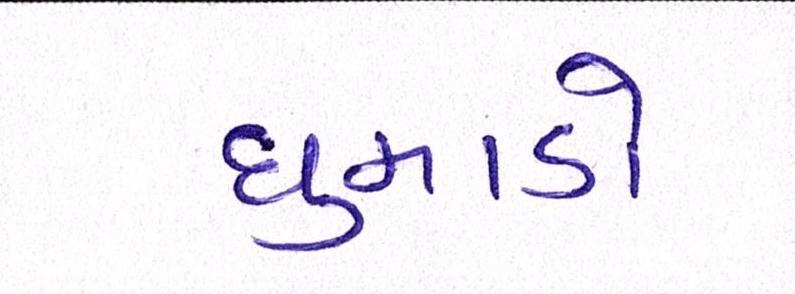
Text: ધુમાડો